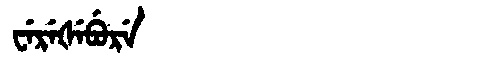
Manchu: ᠸᡝᡵᡝᡧᡝᠪᡠᡵᡝ
Romanization: WEREŠEBURE